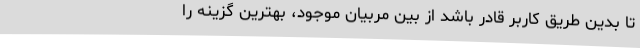
تا بدین طریق کاربر قادر باشد از بین مربیان موجود، بهترین گزینه را